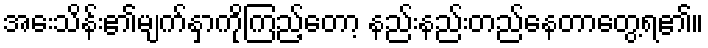
အေးသိန်း၏မျက်နှာကိုကြည့်တော့ နည်းနည်းတည်နေတာတွေ့ရ၏။